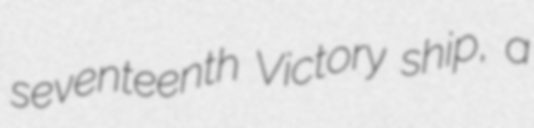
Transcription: seventeenth Victory ship, a